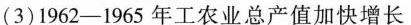
(3)1962-1965年工农业总产值加快增长